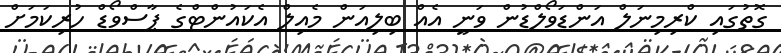
ގޮތުގައި ކްރިމިނަލް އަންޑަވޯލްޑުން ވަނީ އެއް ބިލިއަން މެއިލް އެކައުންޓްގެ ޕާސްވޯޑް ހުރިކަމަށް